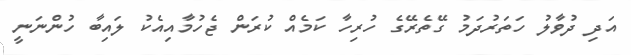
އަދި ދުވާލު ހަތަރުދަމު ގޭތެރޭގެ ހުރިހާ ކަމެއް ކުރަން ޖެހުމާއިއެކު ލައިބާ ހުންނަނީ